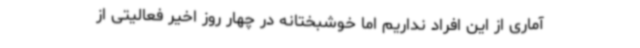
آماری از این افراد نداریم اما خوشبختانه در چهار روز اخیر فعالیتی از